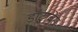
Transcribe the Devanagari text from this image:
डॉटाबेस